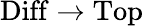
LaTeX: {\mathrm{Diff}}\to{\mathrm{Top}}